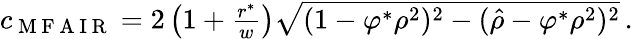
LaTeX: \begin{array}{r}{c_{\mathrm{~M~F~A~I~R~}}=2\left(1+\frac{r^{\ast}}{w}\right)\sqrt{(1-\varphi^{\ast}\rho^{2})^{2}-(\hat{\rho}-\varphi^{\ast}\rho^{2})^{2}}\, .}\end{array}